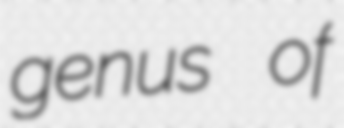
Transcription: genus of